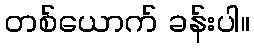
တစ်ယောက် ခန်းပါ။